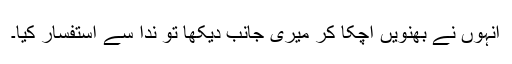
انہوں نے بھنویں اچکا کر میری جانب دیکھا تو ندا سے استفسار کیا۔